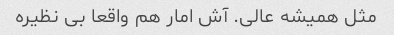
مثل همیشه عالی. آش امار هم واقعا بی نظیره